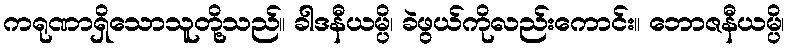
ကရုဏာရှိသောသူတို့သည်။ ခါဒနီယမ္ပိ၊ ခဲဖွယ်ကိုလည်းကောင်း။ ဘောဇနီယမ္ပိ၊